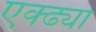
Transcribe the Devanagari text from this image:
एक्ढ्या